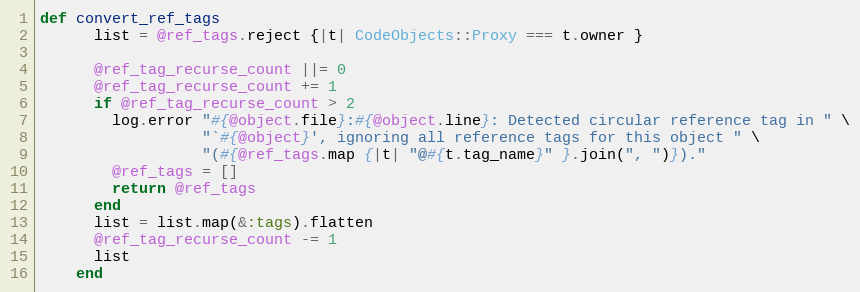
Language: Ruby
def convert_ref_tags
      list = @ref_tags.reject {|t| CodeObjects::Proxy === t.owner }

      @ref_tag_recurse_count ||= 0
      @ref_tag_recurse_count += 1
      if @ref_tag_recurse_count > 2
        log.error "#{@object.file}:#{@object.line}: Detected circular reference tag in " \
                  "`#{@object}', ignoring all reference tags for this object " \
                  "(#{@ref_tags.map {|t| "@#{t.tag_name}" }.join(", ")})."
        @ref_tags = []
        return @ref_tags
      end
      list = list.map(&:tags).flatten
      @ref_tag_recurse_count -= 1
      list
    end